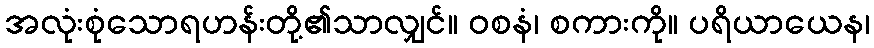
အလုံးစုံသောရဟန်းတို့၏သာလျှင်။ ဝစနံ၊ စကားကို။ ပရိယာယေန၊